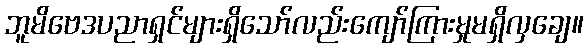
ဘူမိဗေဒပညာရှင်များရှိသော်လည်းကျော်ကြားမှုမရှိလှချေ။